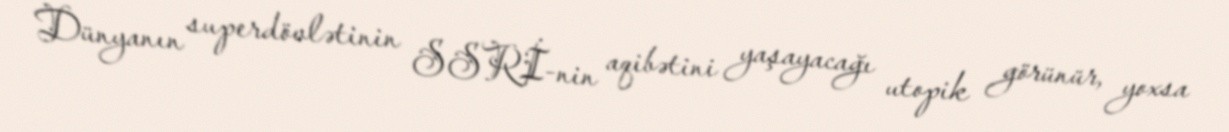
Dünyanın superdövlətinin SSRİ-nin aqibətini yaşayacağı utopik görünür, yoxsa